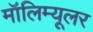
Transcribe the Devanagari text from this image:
मॉलिम्यूलर